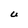
Character: U